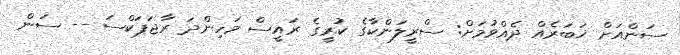
ސަންއަށް ޚަބަރެއް ދެއްވުމަށް: ސްރީލަންކާގެ ކުރީގެ ރައީސް މަހިންދަ ރާޖަޕަކްސަ -- ސަން